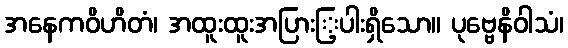
အနေကဝိဟိတံ၊ အထူးထူးအပြားြ့ပါးရှိသော။ ပုဗ္ဗေနိဝါသံ၊